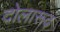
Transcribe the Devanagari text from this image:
दोलारूढ़